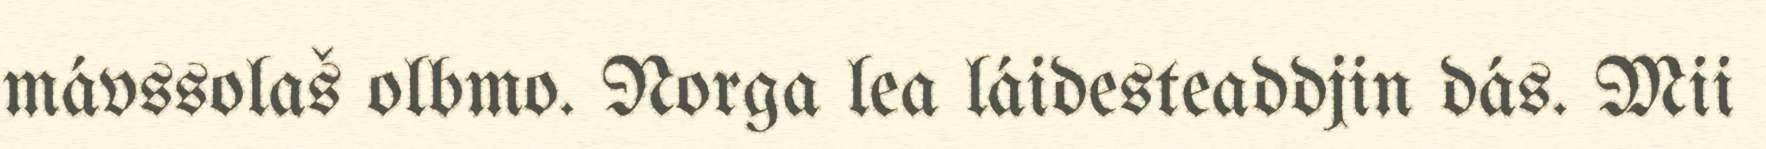
mávssolaš olbmo. Norga lea láidesteaddjin dás. Mii